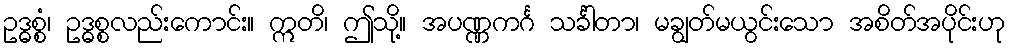
ဥဒ္ဓစ္စံ၊ ဥဒ္ဓစ္စလည်းကောင်း။ ဣတိ၊ ဤသို့။ အပဏ္ဏကင်္ဂ သင်္ခါတာ၊ မချွတ်မယွင်းသော အစိတ်အပိုင်းဟု